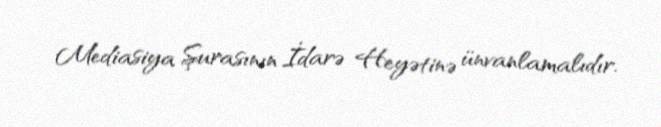
Mediasiya Şurasının İdarə Heyətinə ünvanlamalıdır.